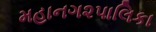
મહાનગ૨પાલિકા